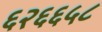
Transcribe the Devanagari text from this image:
६२६६५८